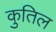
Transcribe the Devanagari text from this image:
कुतिल